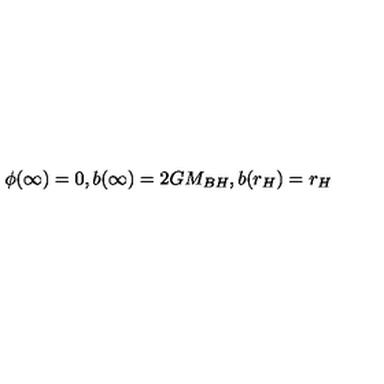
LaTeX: \phi ( \infty ) = 0 , b ( \infty ) = 2 G M _ { B H } , b ( r _ { H } ) = r _ { H }